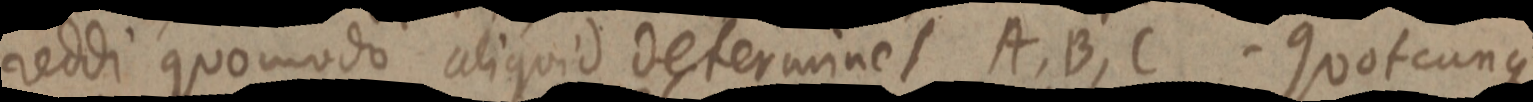
reddi quomodo aliquid determinet A, B, C. Quotcunque